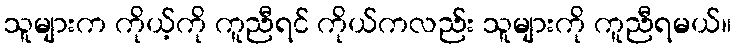
သူများက ကိုယ့်ကို ကူညီရင် ကိုယ်ကလည်း သူများကို ကူညီရမယ်။